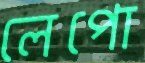
লেপো